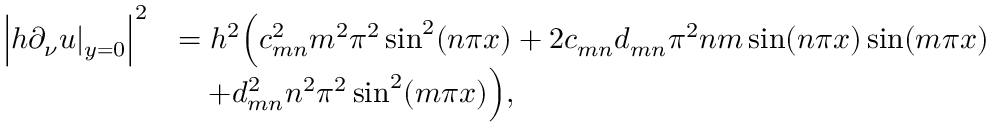
\begin{array} { r l } { \Bigl | h \partial _ { \nu } u | _ { y = 0 } \Bigr | ^ { 2 } } & { = h ^ { 2 } \Bigl ( c _ { m n } ^ { 2 } m ^ { 2 } \pi ^ { 2 } \sin ^ { 2 } ( n \pi x ) + 2 c _ { m n } d _ { m n } \pi ^ { 2 } n m \sin ( n \pi x ) \sin ( m \pi x ) } \\ & { \quad + d _ { m n } ^ { 2 } n ^ { 2 } \pi ^ { 2 } \sin ^ { 2 } ( m \pi x ) \Bigr ) , } \end{array}